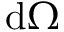
\mathrm { d } \Omega